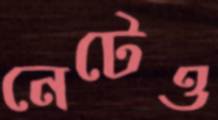
নেটেও